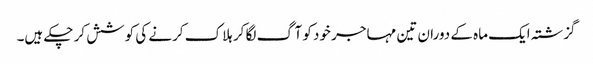
گزشتہ ایک ماہ کے دوران تین مہاجر خود کو آگ لگا کر ہلاک کرنے کی کوشش کر چکے ہیں۔